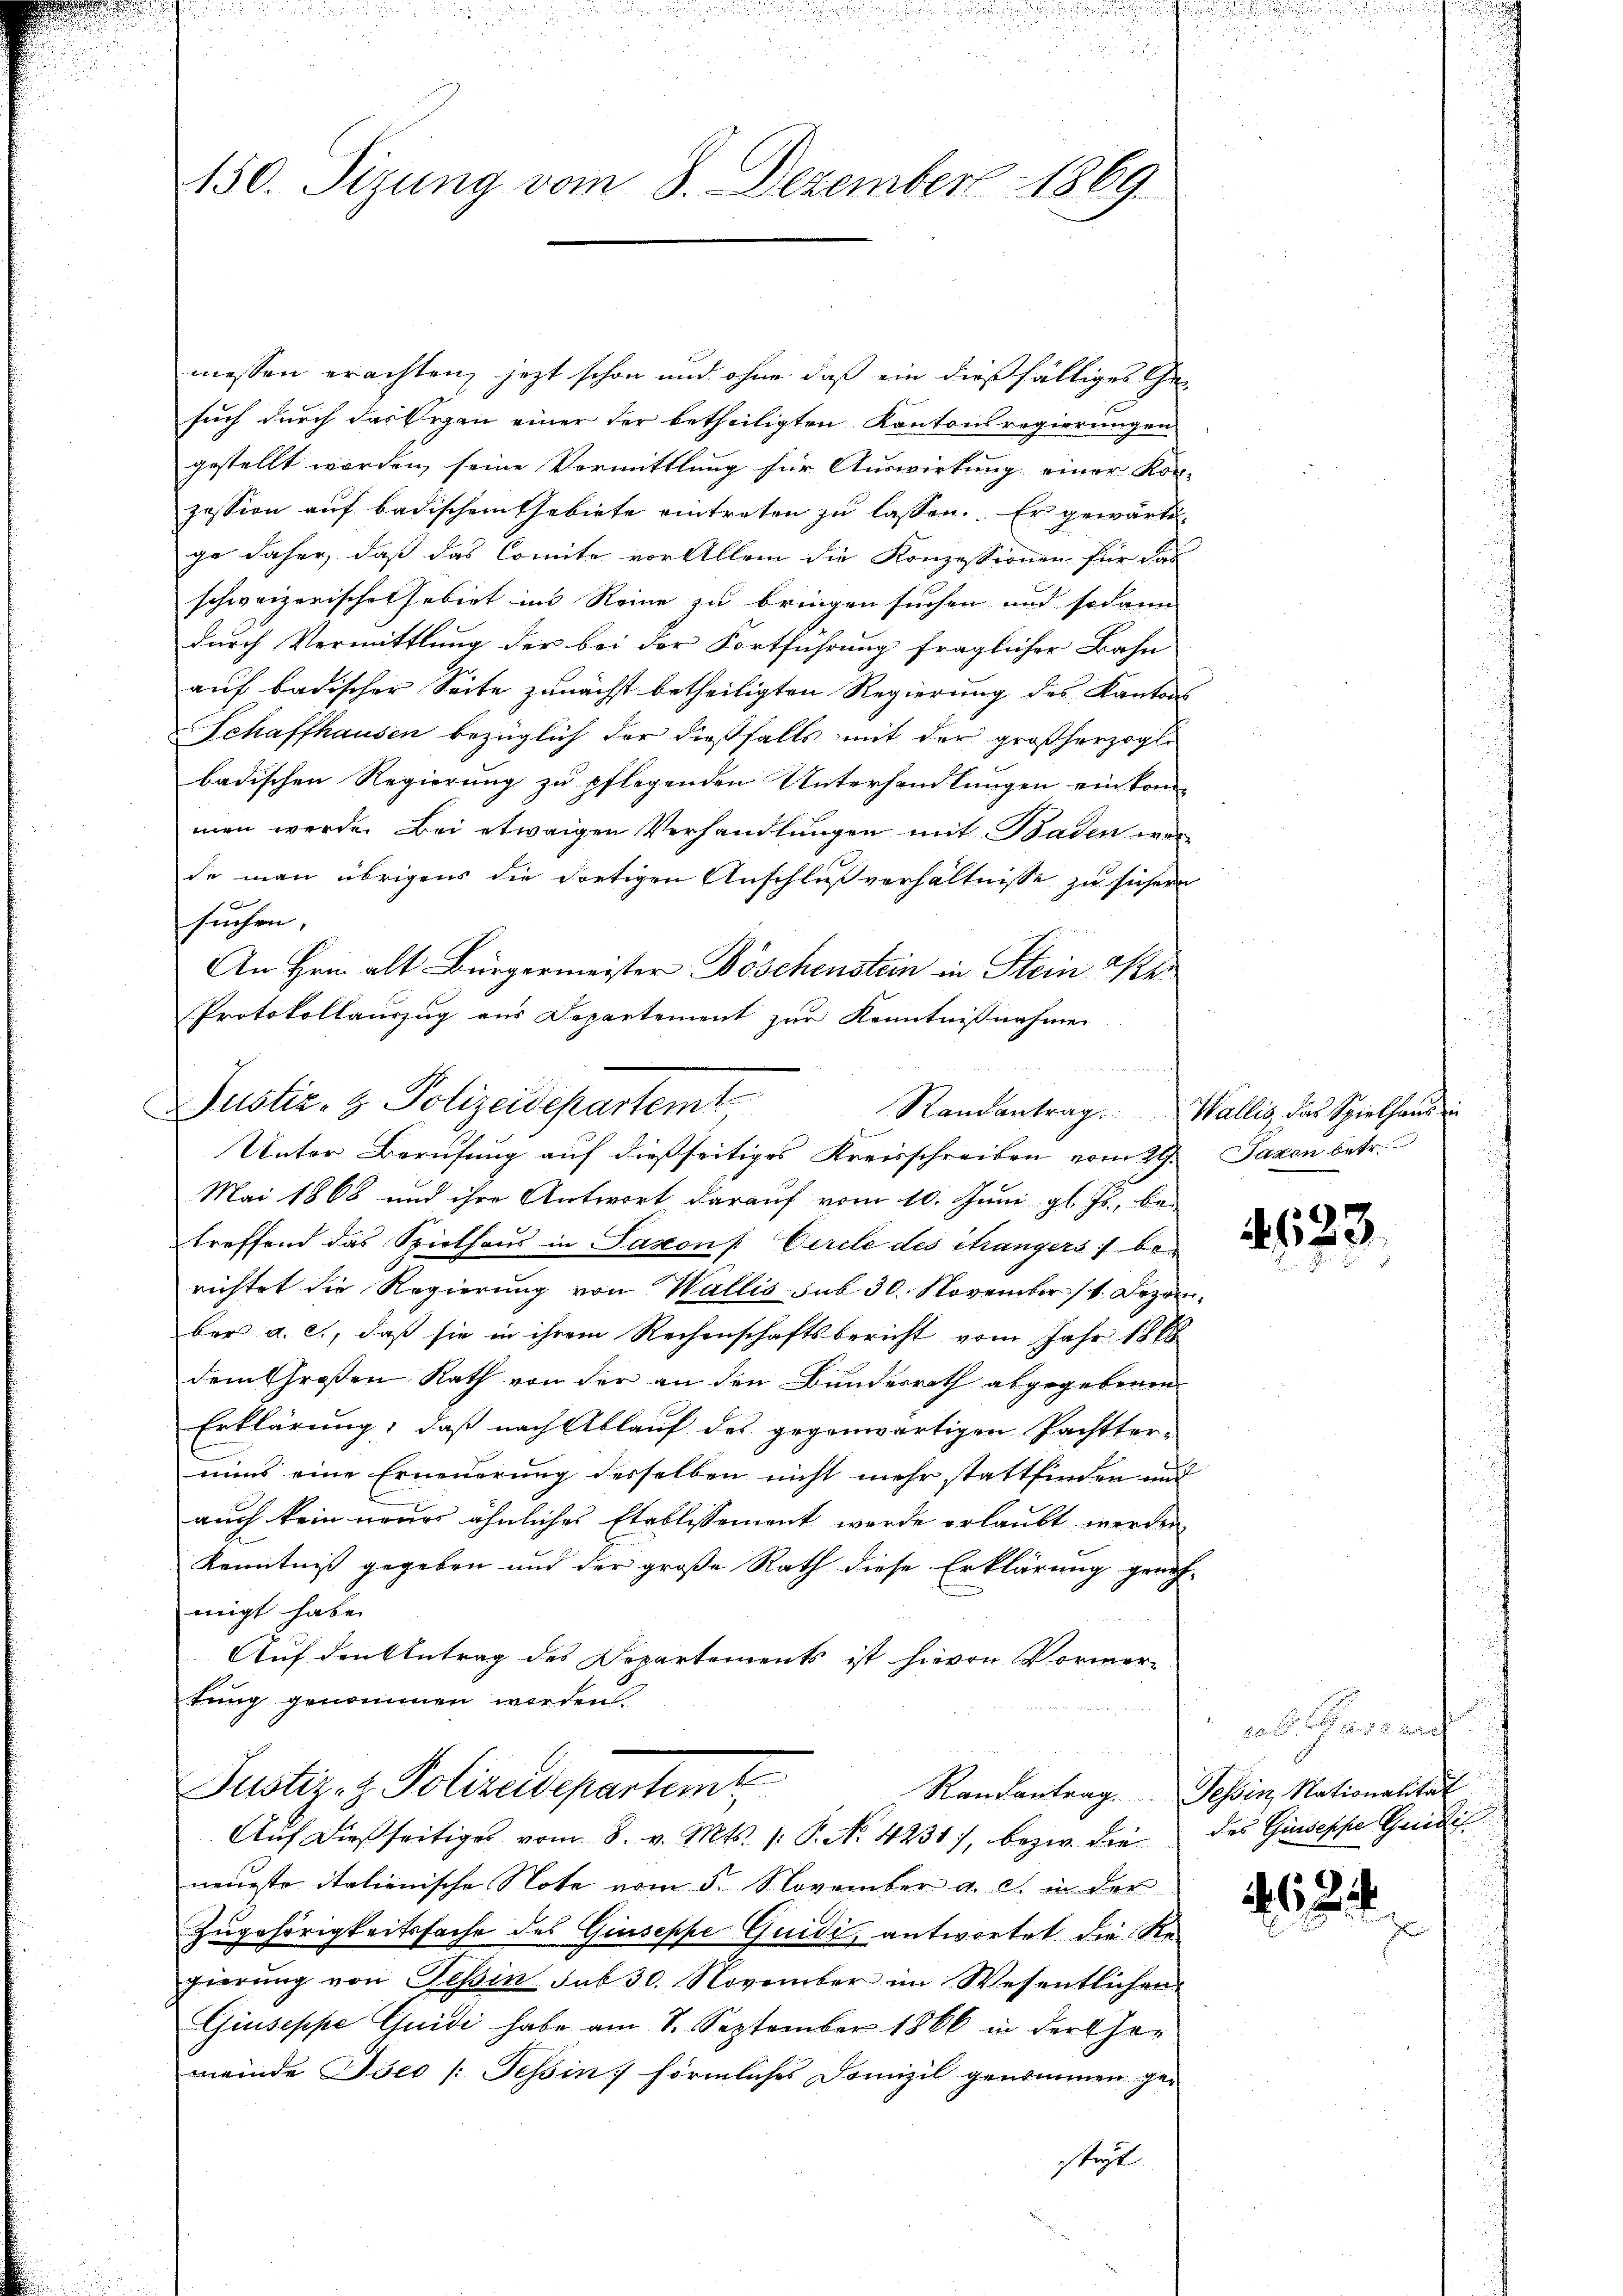
150. Sizung vom 8. Dezember 1869.

messen erachten, jetzt schon und ohne daß ein dießfälliges Gesuch durch das Organ einer der betheiligten Kantonsregierungen
gestellt worden, seine Vormittlung für Auswirkung einer Kon-
zession auf badischem Gebiete eintreten zu lassen. Er gewärtige daher, daß das Comite vor Allem die Konzessionen für das
schweizerische habirt ins Reine zu bringen suchen und sodann
durch Vermittlung der bei der Fortführung fraglicher Bahn
auf badischer Seite zunächst betheiligten Regierung des Kantons
Schaffhausen bezüglich der dießfalls mit der großherzogli
badischen Regierung zu pflegenden Unterhandlungen ein kommen werde. Bei etwaigen Verhandlungen mit Baden werde man übrigens die dortigen Anschlußverhältnisse zu sichern
suchen. |
An Hrn. alt Bürgermeister Böschenstein in Stein Ker
Protokollauszug aus Departement zur Kenntnißnahmen
Unter Berufung auf dießseitiges Kreisschreiben vom 29.
Mai 1868 und ihre Antwort darauf vom 10. Juni gl. Js., bei
treffend das Spielhaus in Saxon - Circle des Mangers) berichtet die Regierung von Wallis sub 30. November 11. Dezem
ber a. c., daß sie in ihrem Rechenschaftsbericht vom Jahr 1888
dem Großen Rath von der an den Bundesrath abgegebenen
Erklärung, daß nach Ablauf des gegenwärtigen Pachtter-
nuns eine Erneuerung desselben nicht mehr stattfinden und
auch kein neues ähnliches Etablissement werde erlaubt werden,
Kenntniß gegeben und der große Rath diese Erklärung grun
migt habe.
Auf den Antrag des Departements ist hievon Vormertung genommen werden.
Justiz- & Polizeidepartemt
Auf dießseitiges vom 8. v. Mts. 1. P. No. 4231), bezw. dieneueste italienische Note vom 5. November a. c. in der
Zugehörigkeitssache des Giuseppe-Quidi, antwortet die Regierung von Teßin sub 30. November im Wesentlichen
Giuseppe Guidi habe am 8. September 1866 in der Ehe-
meinde Iseo /: Tessin förmliches Domizil genommen gestet

da der zu ein
Justiz- & Polizeidepartemt

Randantrag. Wallis, das Spielhaus ei
Saxen betr.

.

123

tat es zur
Randantrag. Tessin, Nationalität
des Guseppe Credit

2